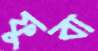
ফুবা